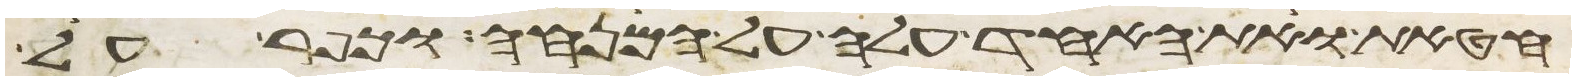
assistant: חטאת ואת האחד עלה על המנחה וכפר על